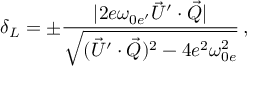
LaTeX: \delta _ { L } = \pm \frac { | 2 e \omega _ { 0 e ^ { \prime } } \vec { U } ^ { \prime } \cdot \vec { \cal Q } | } { \sqrt { ( \vec { U } ^ { \prime } \cdot \vec { \cal Q } ) ^ { 2 } - 4 e ^ { 2 } \omega _ { 0 e } ^ { 2 } } } \, ,